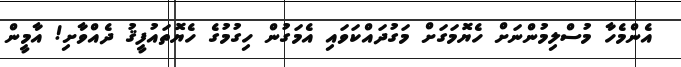
އެންމެހާ މުސްލިމުންނަށް ހެޔޮމަގަށް މަގުދައްކަވައި އެމަގުން ހިގުމުގެ ހެޔޮތައުފީޤު ދެއްވާށި! އާމީން